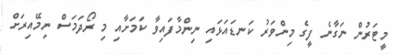
މީޓަރުން ނަގާނެ ފީގެ މިންވަރު ކަނޑައަޅައި ނިންމާފައިވާ ކަމަށާއި މި ރޯދަމަސް ނިމޭއިރަށް